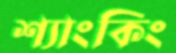
শ্যাংকিং